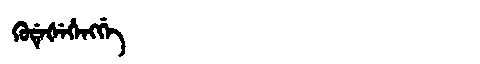
Manchu: ᡴᡠᡩᡝᡧᡝᡥᡝᠩᡤᡝ
Romanization: KUDEŠEHENGGE